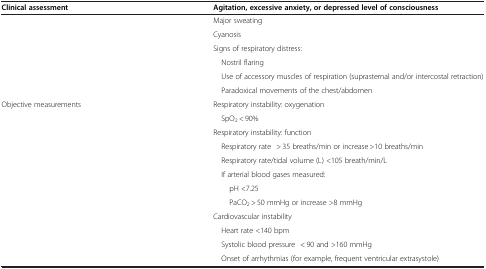
| Clinical assessment | Agitation, excessive anxiety, or depressed level of consciousness |
 | --- | --- |
 |  | Major sweating |
 |  | Cyanosis |
 |  | Signs of respiratory distress: |
 |  | Nostril flaring |
 |  | Use of accessory muscles of respiration (suprasternal and/or intercostal retraction) |
 |  | Paradoxical movements of the chest/abdomen |
 | Objective measurements | Respiratory instability: oxygenation |
 |  | SpO2 < 90% |
 |  | Respiratory instability: function |
 |  | Respiratory rate> 35 breaths/min or increase >10 breaths/min |
 |  | Respiratory rate/tidal volume (L) <105 breath/min/L |
 |  | If arterial blood gases measured: |
 |  | pH <7.25 |
 |  | PaCO2 > 50 mmHg or increase >8 mmHg |
 |  | Cardiovascular instability |
 |  | Heart rate <140 bpm |
 |  | Systolic blood pressure< 90 and >160 mmHg |
 |  | Onset of arrhythmias (for example, frequent ventricular extrasystole) |